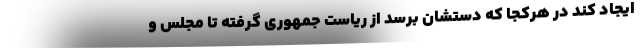
ایجاد کند در هرکجا که دستشان برسد از ریاست جمهوری گرفته تا مجلس و